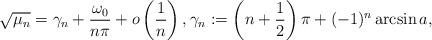
LaTeX: \begin{align*}\sqrt{\mu_n}=\gamma_n+\frac{\omega_0}{n\pi}+o\left(\frac{1}{n}\right),\gamma_n:=\left(n+\frac{1}{2}\right)\pi+(-1)^n\arcsin a,\end{align*}